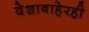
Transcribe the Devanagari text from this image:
देशाबाहेरही